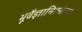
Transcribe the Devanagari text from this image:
भूवैज्ञानिकांच्या